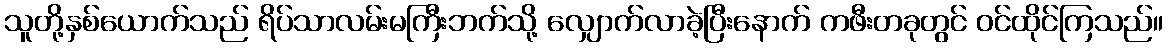
သူတို့နှစ်ယောက်သည် ရိပ်သာလမ်းမကြီးဘက်သို့ လျှောက်လာခဲ့ပြီးနောက် ကဖီးတခုတွင် ဝင်ထိုင်ကြသည်။